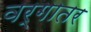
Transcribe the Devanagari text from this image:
वर्गातर